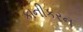
કાનીકરન